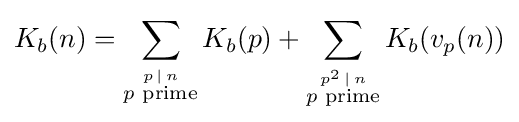
K_{b}(n)=\sum _{\stackrel {p\,\mid \,n}{p{\text{ prime}}}}K_{b}(p)+\sum _{\stackrel {p^{2}\,\mid \,n}{p{\text{ prime}}}}K_{b}(v_{p}(n))